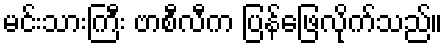
မင်းသားကြီး ဗာစီလီက ပြန်ဖြေလိုက်သည်။